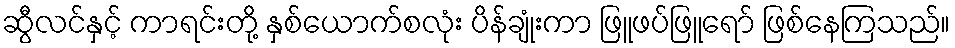
ဆွီလင်နှင့် ကာရင်းတို့ နှစ်ယောက်စလုံး ပိန်ချုံးကာ ဖြူဖပ်ဖြူရော် ဖြစ်နေကြသည်။